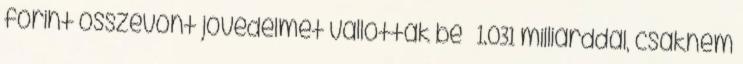
forint összevont jövedelmet vallottak be – 1.031 milliárddal, csaknem